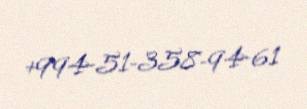
+994-51-358-94-61